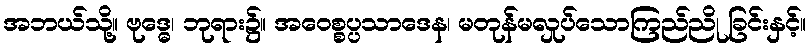
အဘယ်သို့။ ဗုဒ္ဓေ၊ ဘုရား၌။ အဝေစ္စပ္ပသာဒေန၊ မတုန်မလှုပ်သောကြည်ညို ခြင်းနှင့်။